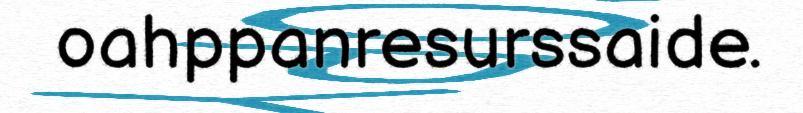
oahppanresurssaide.